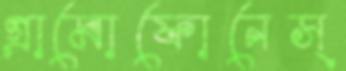
গ্রামোফোনেস্